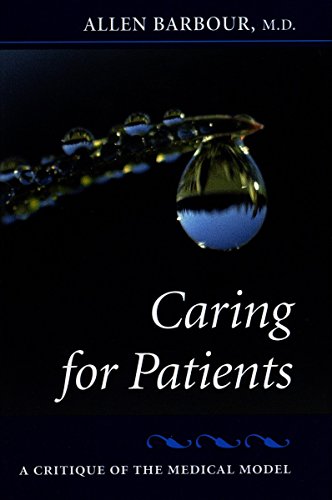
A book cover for Caring for Patients: A Critique of the Medical Model; Allen Barbour; Health, Fitness & Dieting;